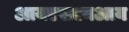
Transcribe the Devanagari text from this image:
आयएसएनआय